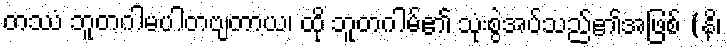
တဿံ ဘူတဂါမပါတဗျတာယ၊ ထို ဘူတဂါမ်၏ သုံးစွဲအပ်သည်၏အဖြစ် (နိ၊